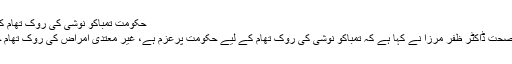
حکومت تمباکو نوشی کی روک تھام کے لیے پرعزم ہے، ڈاکٹرظفرمرزا -
اسلام آباد : وزیر مملکت امور قومی صحت ڈاکٹر ظفر مرزا نے کہا ہے کہ تمباکو نوشی کی روک تھام کے لیے حکومت پرعزم ہے، غیر معتدی امراض کی روک تھام حکومت کی ترجیحات میں شامل ہے۔